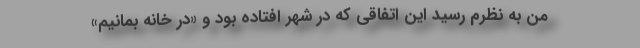
من به نظرم رسید این اتفاقی که در شهر افتاده بود و «در خانه بمانیم»